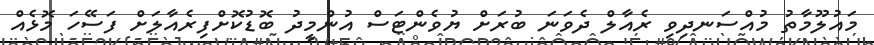
މައުލޫމާތު މުއްސަނދިވި ރެއާލް ދެވަނަ ބުރަށް ޔުވެންޓަސް އުންމީދު ބޮޑުކޮށްފިރެއާލަށް ފަސޭހަ މޮޅެއް